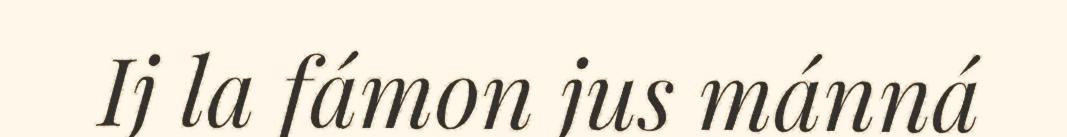
Ij la fámon jus mánná